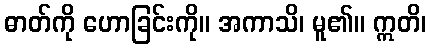
ဓာတ်ကို ဟောခြင်းကို။ အကာသိ၊ မူ၏။ ဣတိ၊